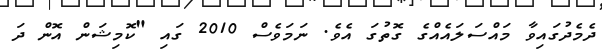
ދެމެދުގައިވާ މައްސަލައެއްގެ ގޮތުގަ އެވެ. ނަމަވެސް 2010 ގައި "ކޮމިޝަން އޮން ދަ